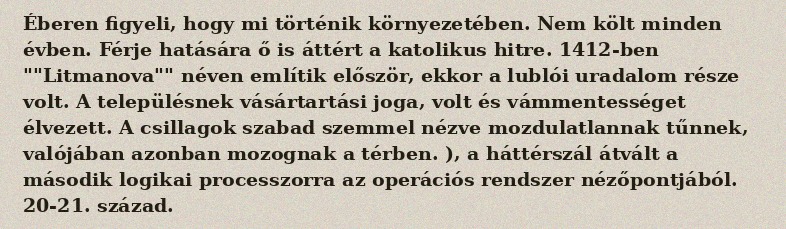
Éberen figyeli, hogy mi történik környezetében. Nem költ minden évben. Férje hatására ő is áttért a katolikus hitre. 1412-ben ""Litmanova"" néven említik először, ekkor a lublói uradalom része volt. A településnek vásártartási joga, volt és vámmentességet élvezett. A csillagok szabad szemmel nézve mozdulatlannak tűnnek, valójában azonban mozognak a térben. ), a háttérszál átvált a második logikai processzorra az operációs rendszer nézőpontjából. 20-21. század.